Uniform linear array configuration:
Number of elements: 32
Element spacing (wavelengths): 0.5
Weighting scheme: hann
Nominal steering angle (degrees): -15
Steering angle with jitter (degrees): -14.744
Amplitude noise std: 0.05
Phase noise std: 0.05

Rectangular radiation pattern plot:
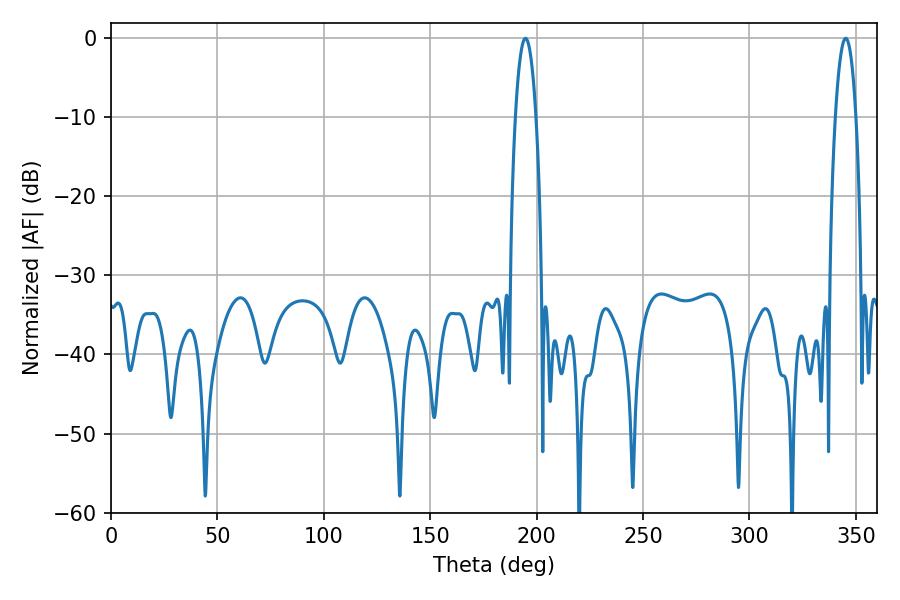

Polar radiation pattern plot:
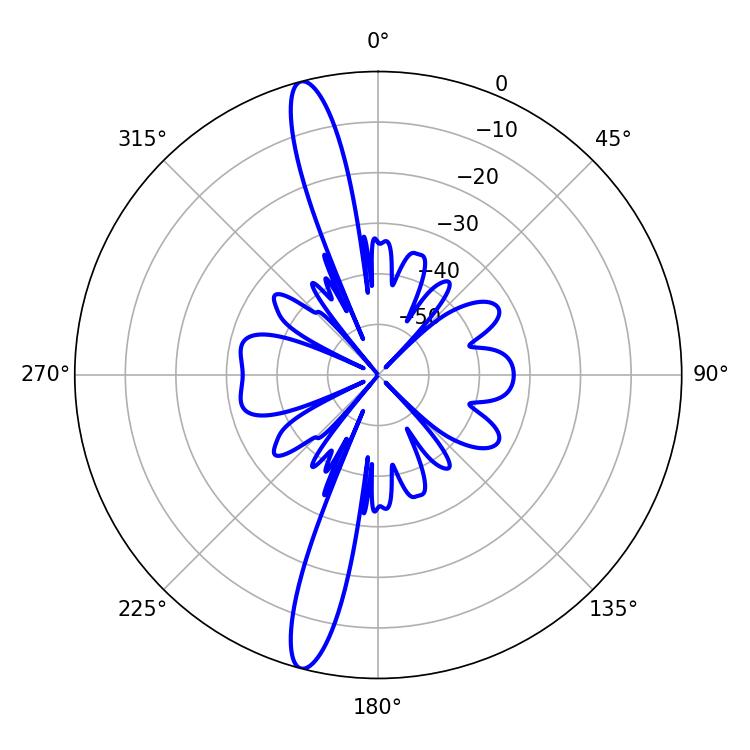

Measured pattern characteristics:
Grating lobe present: FALSE
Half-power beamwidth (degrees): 5.4
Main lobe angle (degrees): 345.24